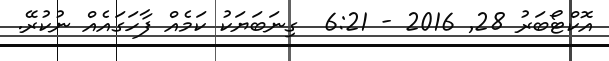
އޮކްޓޯބަރު 28